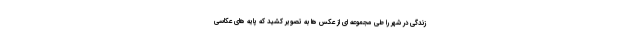
زندگی در شهر را طی مجموعه ای از عکس ها به تصویر کشید که پایه های عکاسی